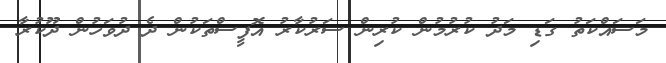
މަސައްކަތު ގަޑި މަދު ކުރުމުން ކުރިން ސަރުކާރު އޮފީސްތަކުން ދެ ދުވަހުން ދޫކުރާ